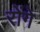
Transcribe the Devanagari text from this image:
रोंगे